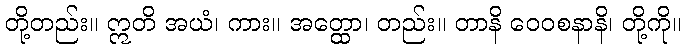
တို့တည်း။ ဣတိ အယံ၊ ကား။ အတ္ထော၊ တည်း။ တာနိ ဝေဝစနာနိ၊ တို့ကို။